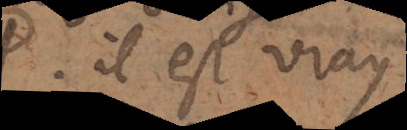
Il est vray